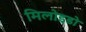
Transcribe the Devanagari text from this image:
मिलोइडो